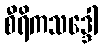
စီရိကသဒ္ဒေါ